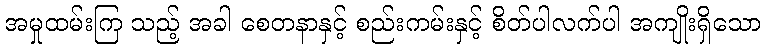
အမှုထမ်းကြ သည့် အခါ စေတနာနှင့် စည်းကမ်းနှင့် စိတ်ပါလက်ပါ အကျိုးရှိသော